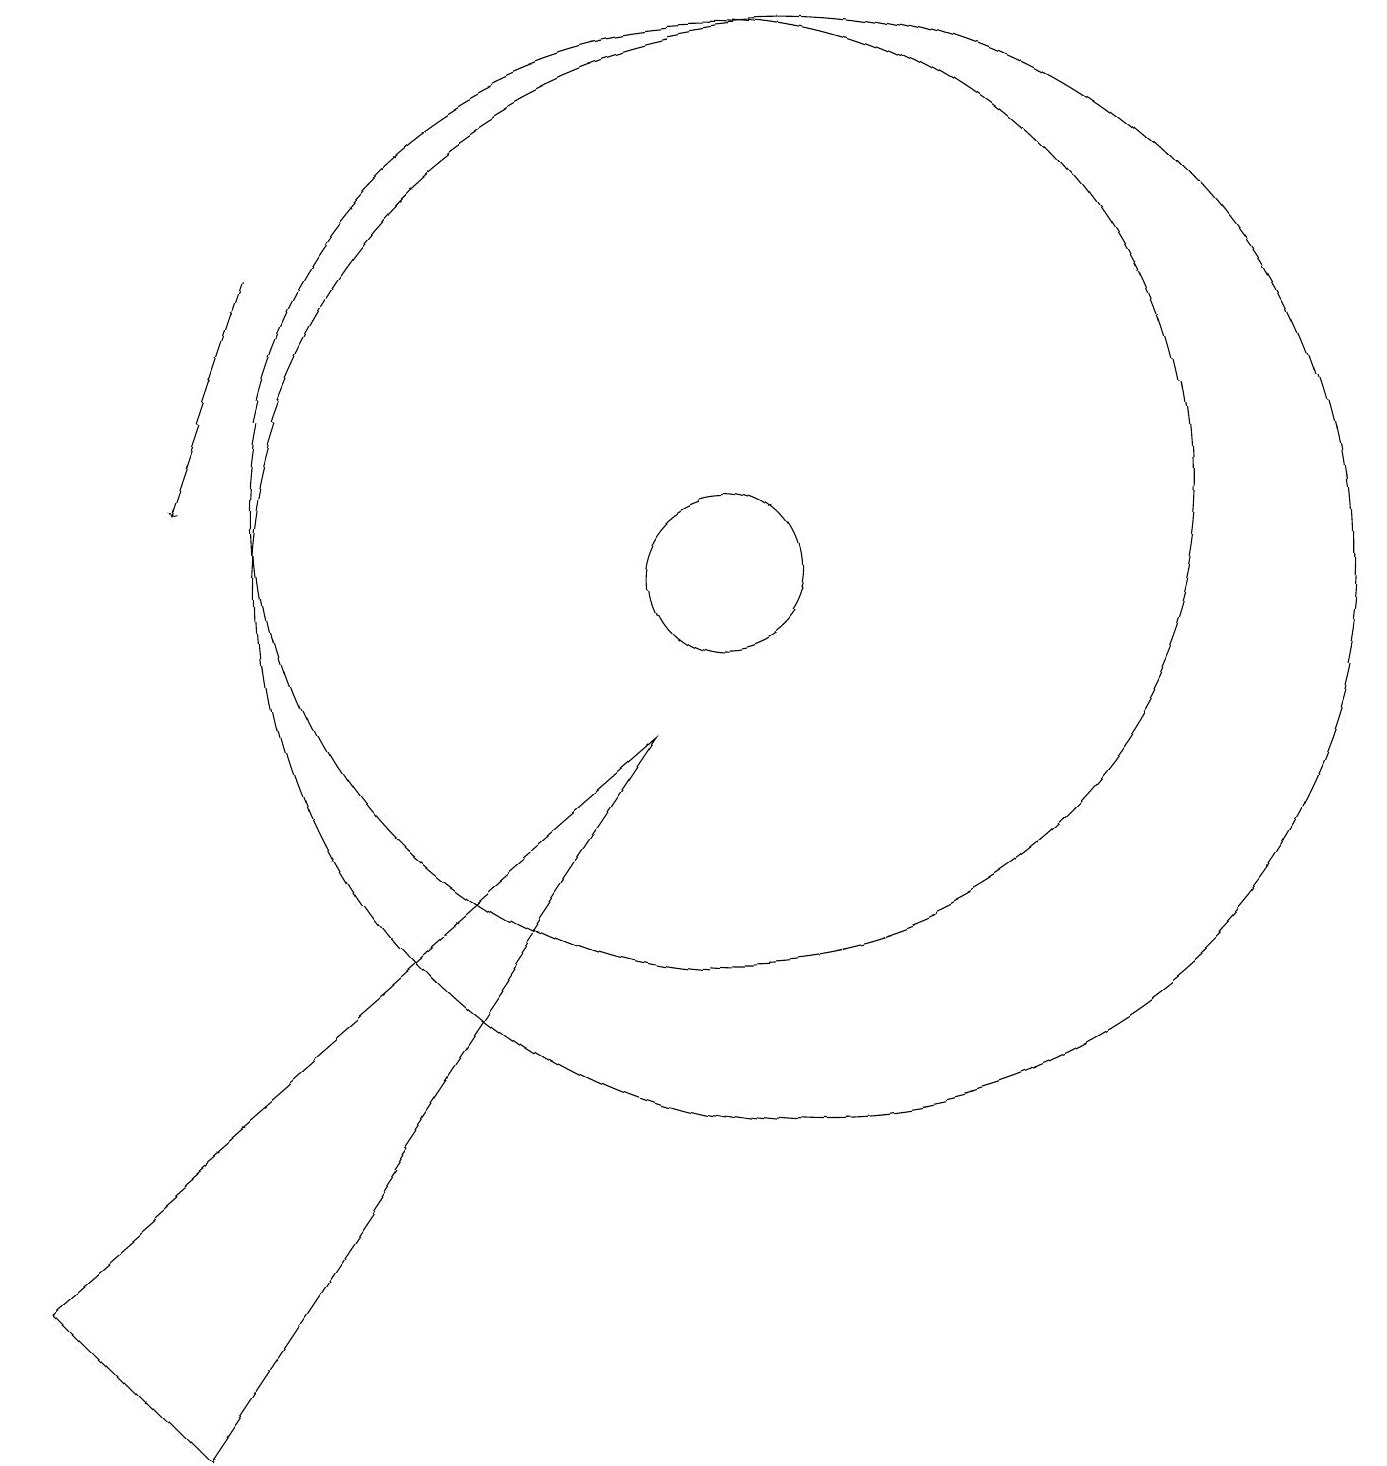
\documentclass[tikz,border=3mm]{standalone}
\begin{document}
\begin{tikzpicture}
\draw (1,2) -- (9,9) -- (3,0) -- cycle;
\draw[->] (4,15) -- (3,12);
\draw (11,11) circle (7);
\draw (10,11) circle (1);
\draw (10,12) circle (6);
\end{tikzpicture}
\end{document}